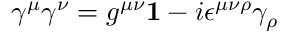
\gamma ^ { \mu } \gamma ^ { \nu } = g ^ { \mu \nu } { \bf 1 } - i \epsilon ^ { \mu \nu \rho } \gamma _ { \rho }